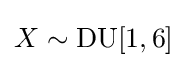
X\sim \mathrm {DU} [1,6]